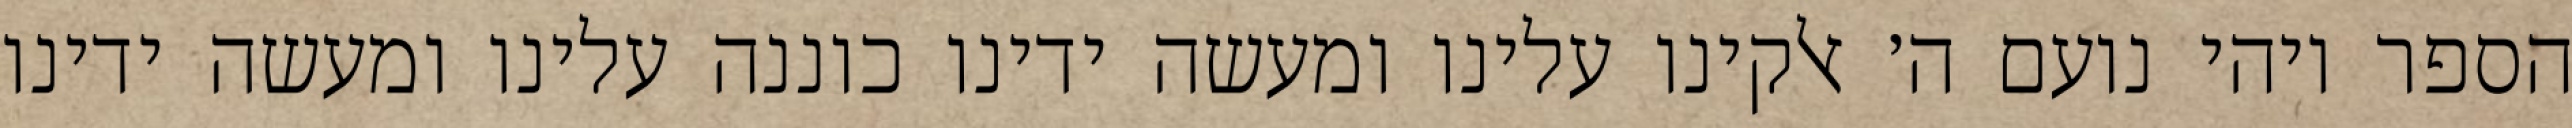
הספר ויהי נועם ה׳ אלקינו עלינו ומעשה ידינו כוננה עלינו ומעשה ידינו